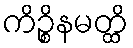
ကိဉ္စိနမတ္ထိ